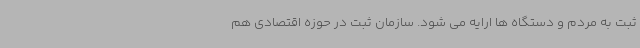
ثبت به مردم و دستگاه ها ارایه می شود. سازمان ثبت در حوزه اقتصادی هم